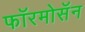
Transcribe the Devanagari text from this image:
फॉरमोसॅन